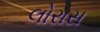
લોરાસ